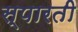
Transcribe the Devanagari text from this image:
स्पारती